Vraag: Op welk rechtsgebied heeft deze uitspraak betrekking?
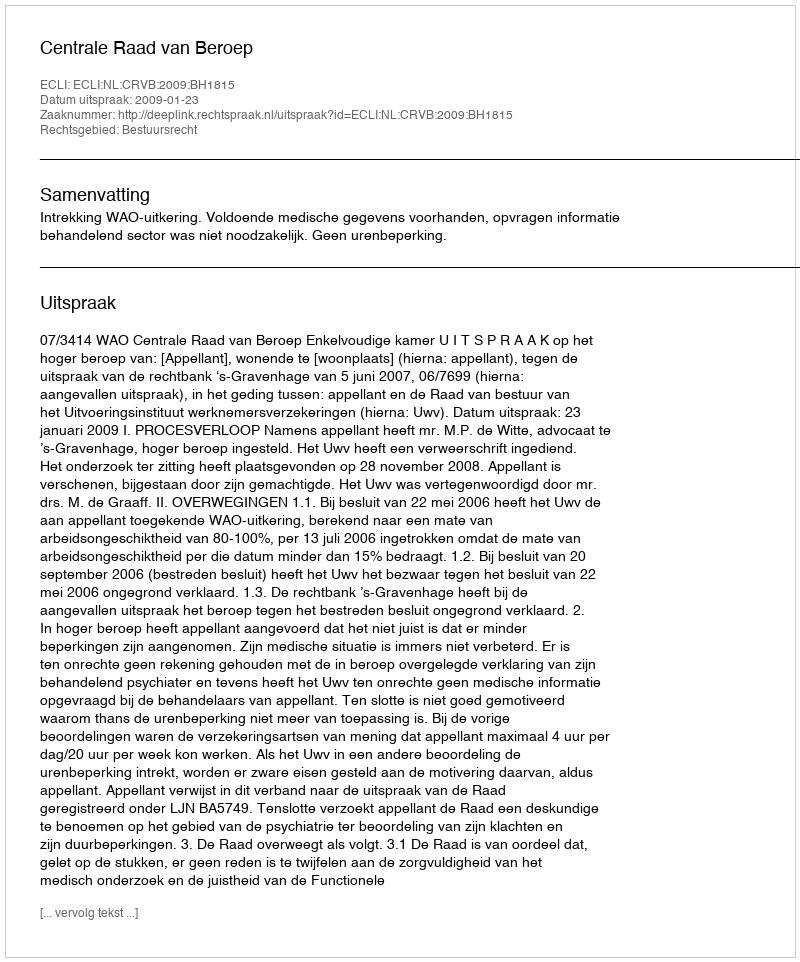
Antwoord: Bestuursrecht